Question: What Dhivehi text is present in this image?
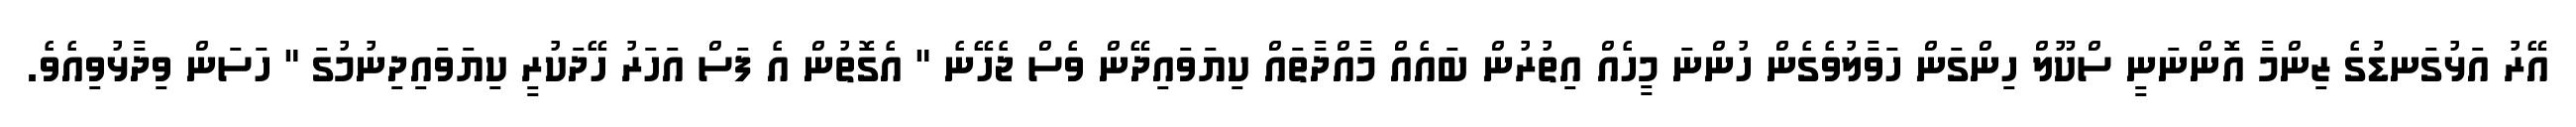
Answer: އޭރު އަޅުގަނޑުގެ ޒިންމާ އޮންނަނީ ސްކޫލް ހިންގަން ހަވާލުވެގެން ހުންނަ މީހެއް އިތުރުން ބައެއް މާއްދާތައް ކިޔަވައިދޭން ވެސް ޖެހޭނެ " އެގޮތުން އެ ފަސް އަހަރު ހޭދަކުރީ ކިޔަވައިދިނުމުގަ " ހަސަން ވިދާޅުވިއެވެ.